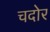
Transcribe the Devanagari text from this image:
चदोर